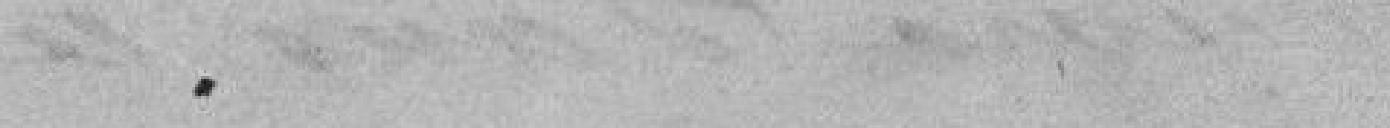
.